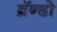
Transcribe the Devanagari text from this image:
ब्रॅन्डो